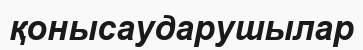
қонысаударушылар